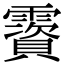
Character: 𩆃